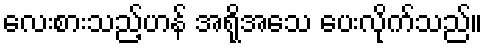
လေးစားသည့်ဟန် အရိုအသေ ပေးလိုက်သည်။